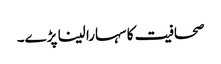
صحافیت کا سہارا لینا پڑے۔